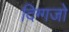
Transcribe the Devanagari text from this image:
दिग्गजो